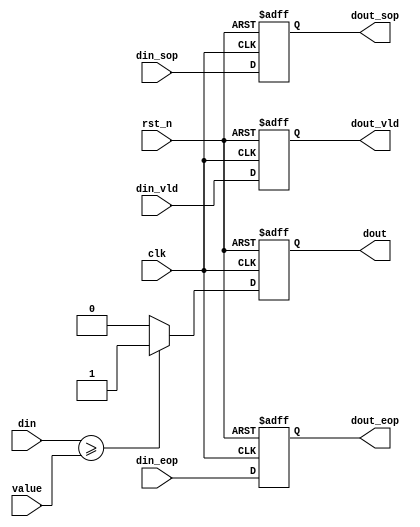
module gray_bit(
    clk         ,
    rst_n       ,
    value       ,
    din         ,
    din_vld     ,
    din_sop     ,
    din_eop     ,
    dout        ,
    dout_vld    ,
    dout_sop    ,
    dout_eop        
);

    //
    input         clk     ;
    input         rst_n   ;
    input  [7:0]  value   ;
    input  [7:0]  din     ;
    input         din_vld ;
    input         din_sop ;
    input         din_eop ;

    //
    output        dout    ;
    output        dout_vld;
    output        dout_sop;
    output        dout_eop;

    //reg
    reg           dout    ;
    reg           dout_vld;
    reg           dout_sop;
    reg           dout_eop;

    always @ (posedge clk or negedge rst_n)begin
        if(!rst_n)begin
            dout <= 0;
        end
        else if(din >= value)begin
            dout <= 1;
        end
        else begin
            dout <= 0;
        end
    end

    always @ (posedge clk or negedge rst_n)begin
        if(!rst_n)begin
            dout_vld <= 0;
        end
        else begin
            dout_vld <= din_vld;
        end
    end

    always @ (posedge clk or negedge rst_n)begin
        if(!rst_n)begin
            dout_sop <= 0;
        end
        else begin
            dout_sop <= din_sop;
        end
    end

    always @ (posedge clk or negedge rst_n)begin
        if(!rst_n)begin
            dout_eop <= 0;
        end
        else begin
            dout_eop <= din_eop;
        end
    end


endmodule